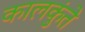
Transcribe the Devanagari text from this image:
कालकुंते